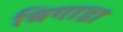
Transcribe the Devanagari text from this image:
बिगाडा